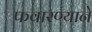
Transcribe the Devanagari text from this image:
फवारण्याने